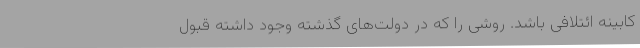
کابینه ائتلافی باشد. روشی را که در دولت‌های گذشته وجود داشته قبول